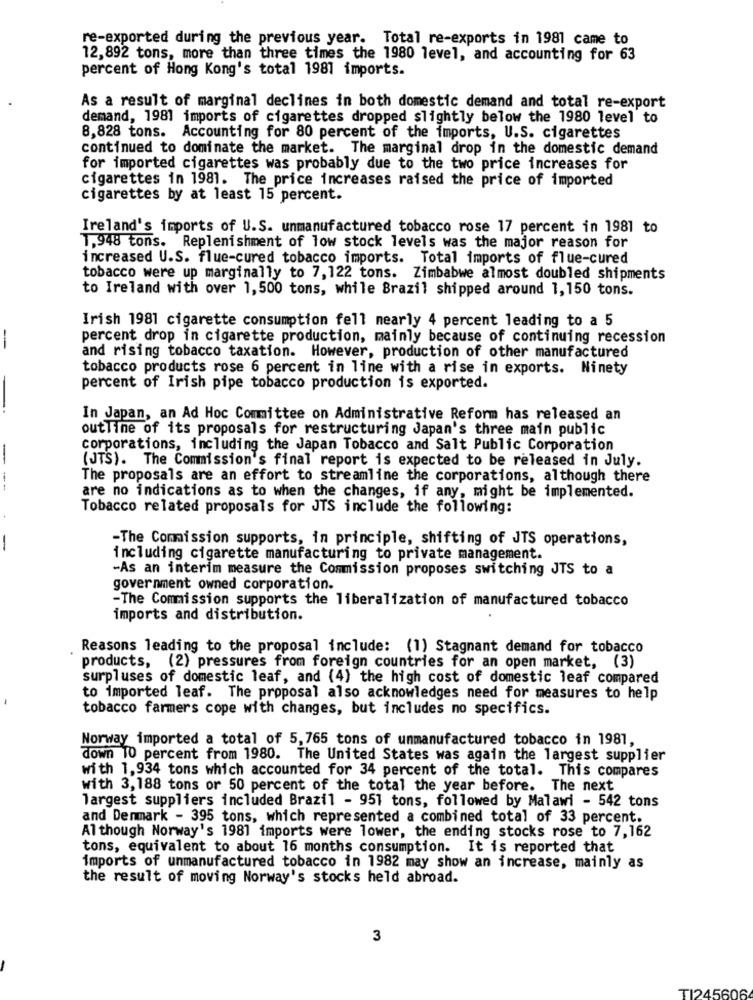
re-exported during the previous year. Total re-exports in 1981 came to
12,892 tons, more than three times the 1980 level, and accounting for 63
percent of Hong Kong's total 1981 imports.
As a result of marginal declines in both domestic demand and total re-export
demand, 1981 imports of cigarettes dropped slightly below the 1980 level to
8,828 tons. Accounting for 80 percent of the imports, U.S. cigarettes
continued to dominate the market. The marginal drop in the domestic demand
for imported cigarettes was probably due to the two price increases for
cigarettes in 1981. The price increases raised the price of imported
cigarettes by at least 15 percent.
Ireland's imports of U.S. unmanufactured tobacco rose 17 percent in 1981 to
T,948 tons. Replenishment of low stock levels was the major reason for
increased U.S. flue-cured tobacco imports. Total imports of flue-cured
tobacco were up marginally to 7,122 tons. Zimbabwe almost doubled shipments
to Ireland with over 1,500 tons, while Brazil shipped around 1, 150 tons.
Irish 1981 cigarette consumption fell nearly 4 percent leading to a 5
-
percent drop in cigarette production, mainly because of continuing recession
and rising tobacco taxation. However, production of other manufactured
tobacco products rose 6 percent in line with a rise in exports. Ninety
percent of Irish pipe tobacco production is exported.
In Japan, an Ad Hoc Committee on Administrative Reform has released an
outline of its proposals for restructuring Japan's three main public
corporations, including the Japan Tobacco and Salt Public Corporation
(JTS). The Commission's final report is expected to be released in July.
The proposals are an effort to streamline the corporations, although there
--
are no indications as to when the changes, if any, might be implemented.
Tobacco related proposals for JTS include the following:
-The Commission supports, in principle, shifting of JTS operations,
including cigarette manufacturing to private management.
-As an interim measure the Commission proposes switching JTS to a
government owned corporation.
-The Commission supports the liberalization of manufactured tobacco
imports and distribution.
Reasons leading to the proposal include: (1) Stagnant demand for tobacco
products, (2) pressures from foreign countries for an open market, (3)
surpluses of domestic leaf, and (4) the high cost of domestic leaf compared
to imported leaf. The proposal also acknowledges need for measures to help
tobacco farmers cope with changes, but includes no specifics.
Norway imported a total of 5,765 tons of unmanufactured tobacco in 1981,
down 10 percent from 1980. The United States was again the largest supplier
with 1,934 tons which accounted for 34 percent of the total. This compares
with 3,188 tons or 50 percent of the total the year before. The next
largest suppliers included Brazil - 951 tons, followed by Malawi - 542 tons
and Denmark - 395 tons, which represented a combined total of 33 percent.
Although Norway's 1981 imports were lower, the ending stocks rose to 7,162
tons, equivalent to about 16 months consumption. It is reported that
imports of unmanufactured tobacco in 1982 may show an increase, mainly as
the result of moving Norway's stocks held abroad.
3
TI245606